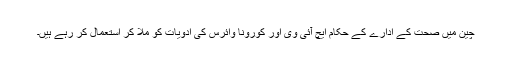
چین میں صحت کے ادارے کے حکام ایچ آئی وی اور کورونا وائرس کی ادویات کو ملا کر استعمال کر رہے ہیں۔